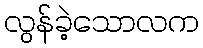
လွန်ခဲ့သောလက